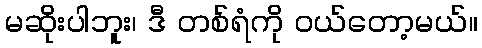
မဆိုးပါဘူး၊ ဒီ တစ်ရံကို ဝယ်တော့မယ်။